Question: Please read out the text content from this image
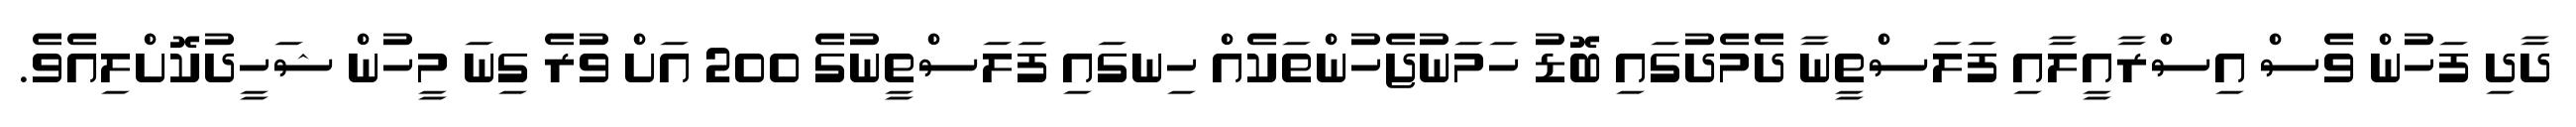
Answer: ދާދި ފަހުން ވެސް އިސްރާއީލާއި ފަލަސްތީނާ ދެމެދުގައި ބޮޑު ހަމަނުޖެހުންތަކެއް ހިނގައި ފަލަސްތީނުގެ 200 އަށް ވުރެ ގިނަ މީހުން ޝަހީދުކޮށްލިއެވެ.